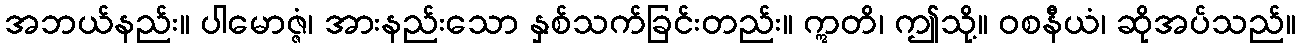
အဘယ်နည်း။ ပါမောဇ္ဇံ၊ အားနည်းသော နှစ်သက်ခြင်းတည်း။ ဣတိ၊ ဤသို့။ ဝစနီယံ၊ ဆိုအပ်သည်။